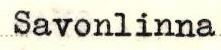
Savonlinna